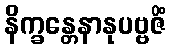
နိက္ခန္တေနာနုပဗ္ဗဇိံ